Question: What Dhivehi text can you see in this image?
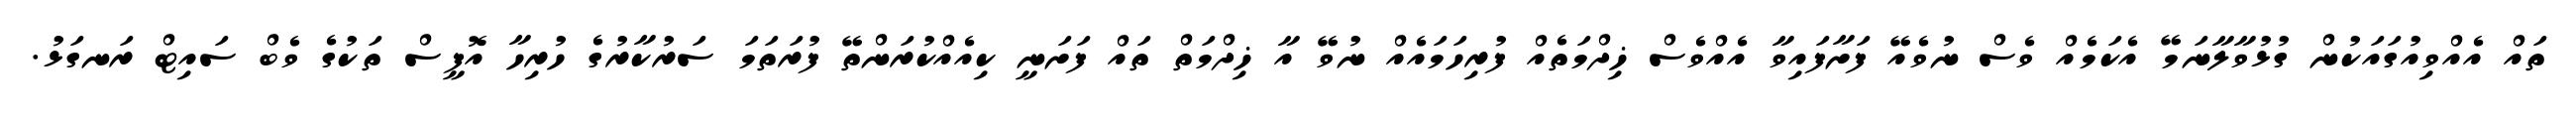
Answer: ތައް އެއްވިއުގައަކުން ގުޅުވާލާނަމޭ އެކަމެއް ވެސް ނުވެއޭ ފަށާފައިވާ އެއްވެސް ޚިދްމަތެއް ފުރިހަމައެއް ނުވޭ އާ ޚިދްމަތް ތައް ފަށަނީ ކިއެއްކުރަންތޭ ފުރަތަމަ ސަރުކާރުގެ ހުރިހާ އޮފީސް ތަކުގެ ވެބް ސައިޓް ރަނގަޅު.